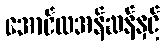
အောင်လအန်ဆန်နှင့်